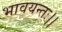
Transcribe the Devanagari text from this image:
भावयन्तः।।